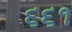
૬૬૧